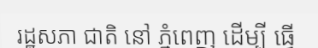
រដ្ឋសភា ជាតិ នៅ ភ្នំពេញ ដើម្បី ធ្វើ